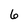
Character: 6